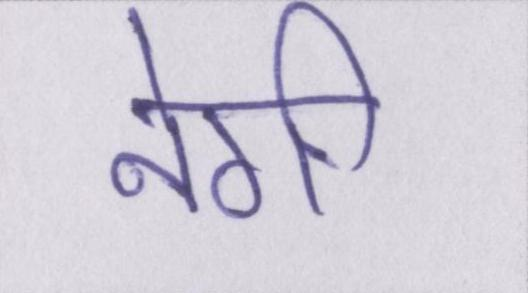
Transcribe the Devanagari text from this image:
नेगी